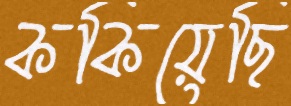
ককিয়েছি